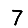
Digit: 7